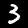
Digit: 3